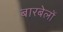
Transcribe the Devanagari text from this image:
बारबेलों